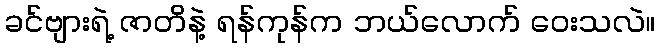
ခင်ဗျားရဲ့ ဇာတိနဲ့ ရန်ကုန်က ဘယ်လောက် ဝေးသလဲ။